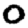
Digit: 0